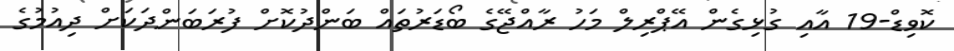
ކޮވިޑް-19 އާއި ގުޅިގެން އޭޕްރިލް މަހު ރާއްޖޭގެ ބޯޑަރުތައް ބަންދުކޮށް ފުރަބަަންދަކަށް ދިއުމުގެ